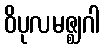
ဝိပုလမဇ္ဈဂါ